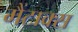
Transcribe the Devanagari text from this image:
मैंटाक्स